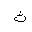
Letter: _tha